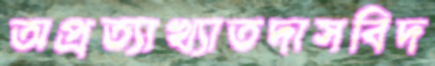
অপ্রত্যাখ্যাতদাসবিদ